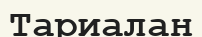
Тариалан